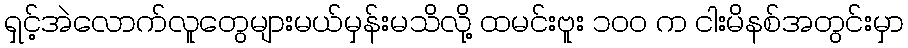
ရှင့်အဲလောက်လူတွေများမယ်မှန်းမသိလို့ ထမင်းဗူး ၁၀၀ က ငါးမိနစ်အတွင်းမှာ